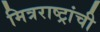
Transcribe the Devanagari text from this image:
मित्रराष्ट्रांची